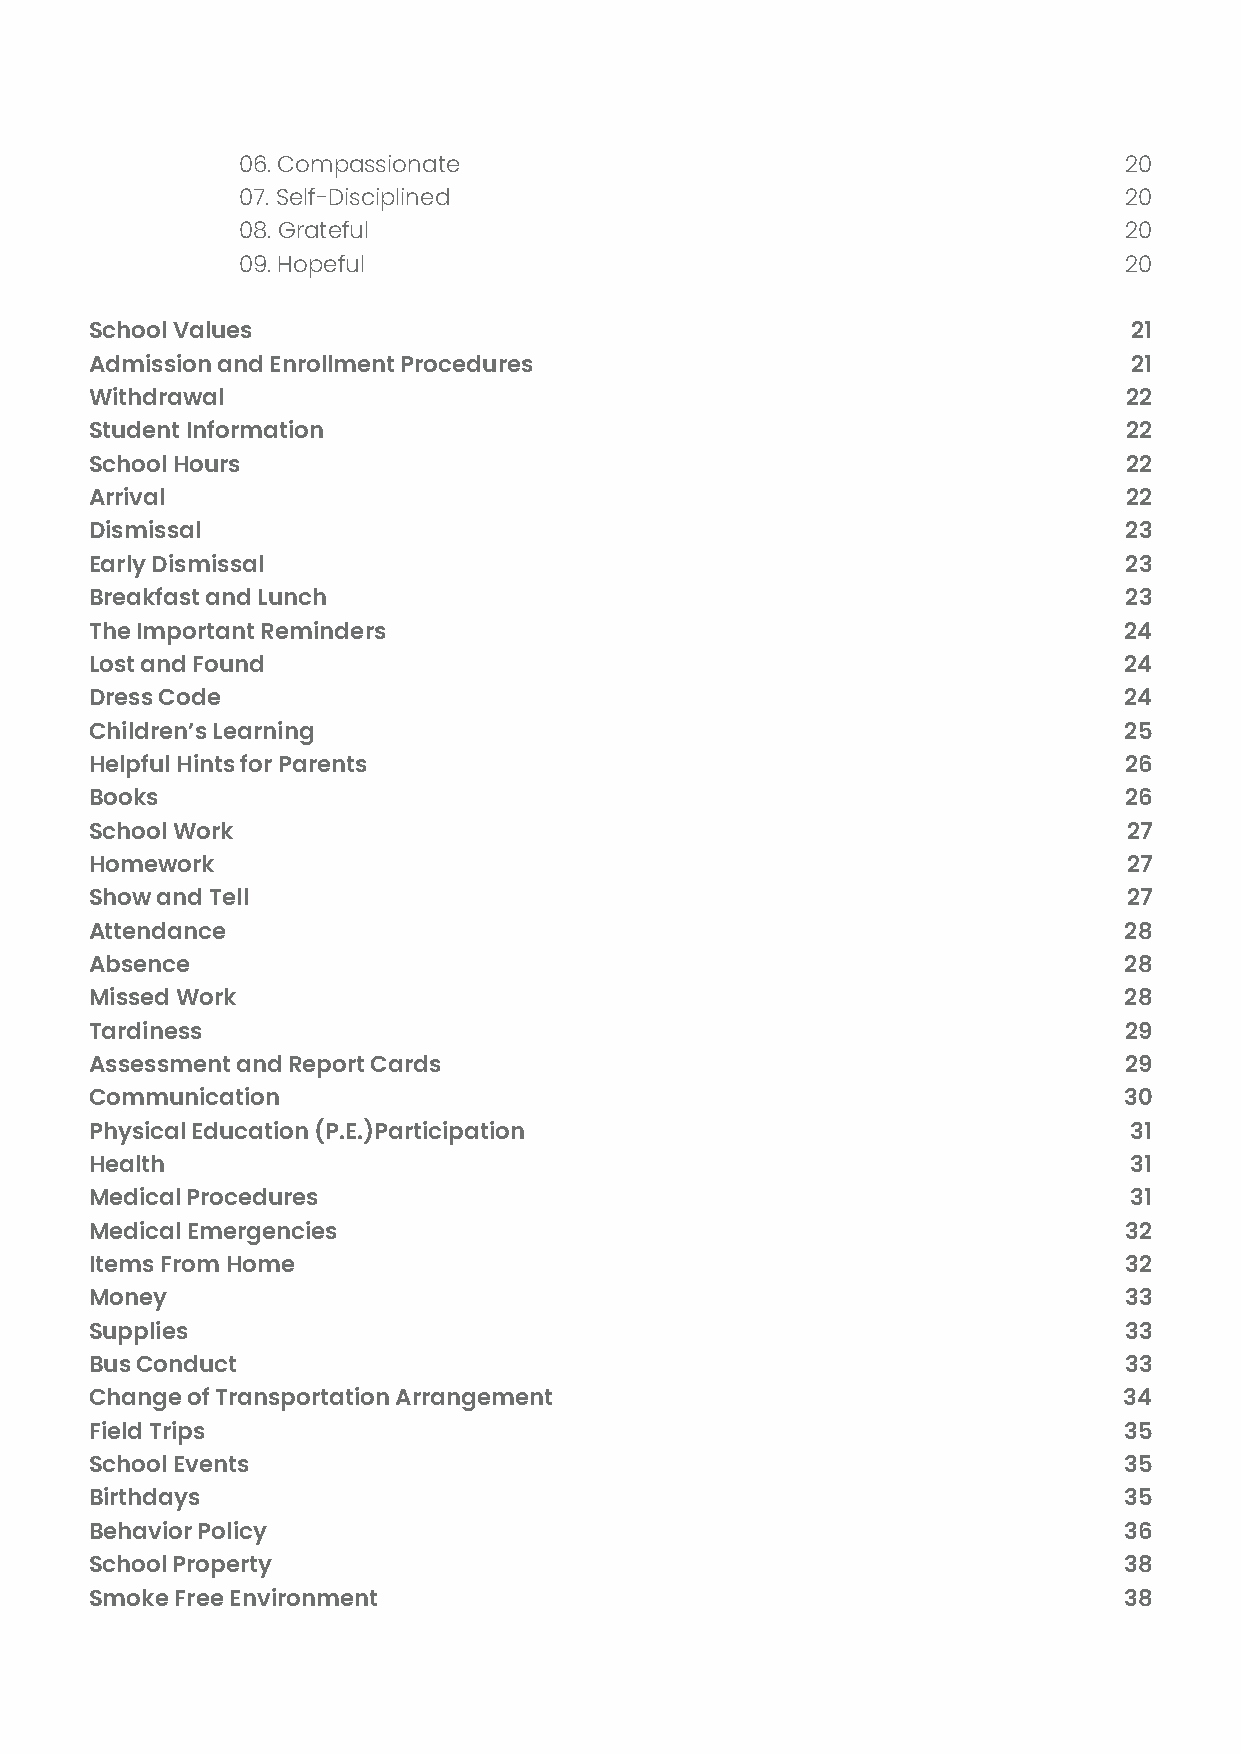
06. Compassionate                                         20
 07. Self-Disciplined                                      20
 08. Grateful                                              20
 09. Hopeful                                               20
 School Values                                                        21
 Admission and Enrollment Procedures                                  21
 Withdrawal                                                           22
 Student Information                                                  22
 School Hours                                                         22
 Arrival                                                              22
 Dismissal                                                           23
 Early Dismissal                                                     23
 Breakfast and Lunch                                                 23
 The Important Reminders                                             24
 Lost and Found                                                      24
 Dress Code                                                          24
 Children’s Learning                                                 25
 Helpful Hints for Parents                                           26
 Books                                                               26
 School Work                                                          27
 Homework                                                             27
 Show and Tell                                                        27
 Attendance                                                          28
 Absence                                                             28
 Missed Work                                                         28
 Tardiness                                                           29
 Assessment and Report Cards                                         29
 Communication                                                       30
 Physical Education (P.E.)Participation                               31
 Health                                                               31
 Medical Procedures                                                   31
 Medical Emergencies                                                 32
 Items From Home                                                     32
 Money                                                               33
 Supplies                                                            33
 Bus Conduct                                                         33
 Change of Transportation Arrangement                                34
 Field Trips                                                         35
 School Events                                                       35
 Birthdays                                                           35
 Behavior Policy                                                     36
 School Property                                                     38
 Smoke Free Environment                                              38